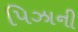
પિઝાની